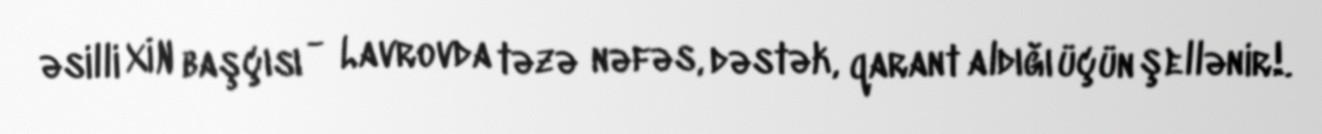
əsilli XİN başçısı - Lavrovda təzə nəfəs, dəstək, qarant aldığı üçün şellənir!.